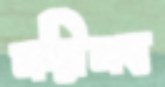
সঙ্গীসহ